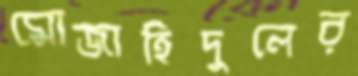
মোজাহিদুলের